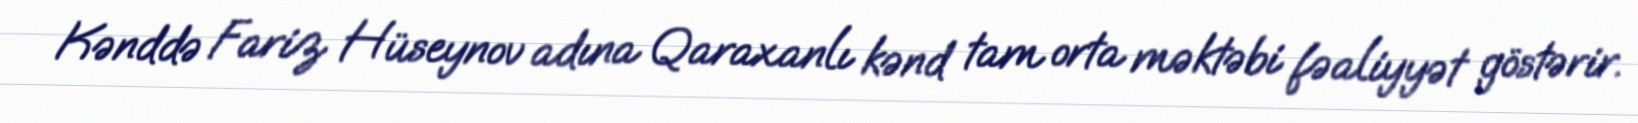
Kənddə Fariz Hüseynov adına Qaraxanlı kənd tam orta məktəbi fəaliyyət göstərir.